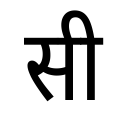
OCR:
सी